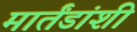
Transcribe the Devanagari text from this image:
मार्तंडांशी